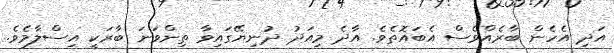
އަދި އެހެން ބާރެއްވެސް އެބައޮތެވެ. އާދެ މިއަދު ދުނިޔޭގައިވާ ތިންވަނަ ބާރަކީ އިސްލާމެވެ.